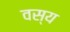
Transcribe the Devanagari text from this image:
वस्य